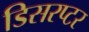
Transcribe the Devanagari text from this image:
डिसरप्टर